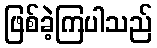
ဖြစ်ခဲ့ကြပါသည်